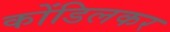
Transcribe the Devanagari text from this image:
कोंडिलकर